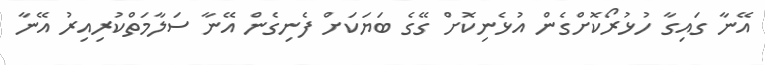
އޭނާ ގައިގާ ހުޅުރޯކޮށްގެން އުޅެނިކޮށް ގޭގެ ބަޔަކަށް ފެނިގެން އޭނާ ސަލާމަތްކުރިއިރު އޭނާ